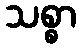
သစ္စာ